65_HS1-834228961_62-HQ-83894_Section_6
Agency: FBI
Page 119
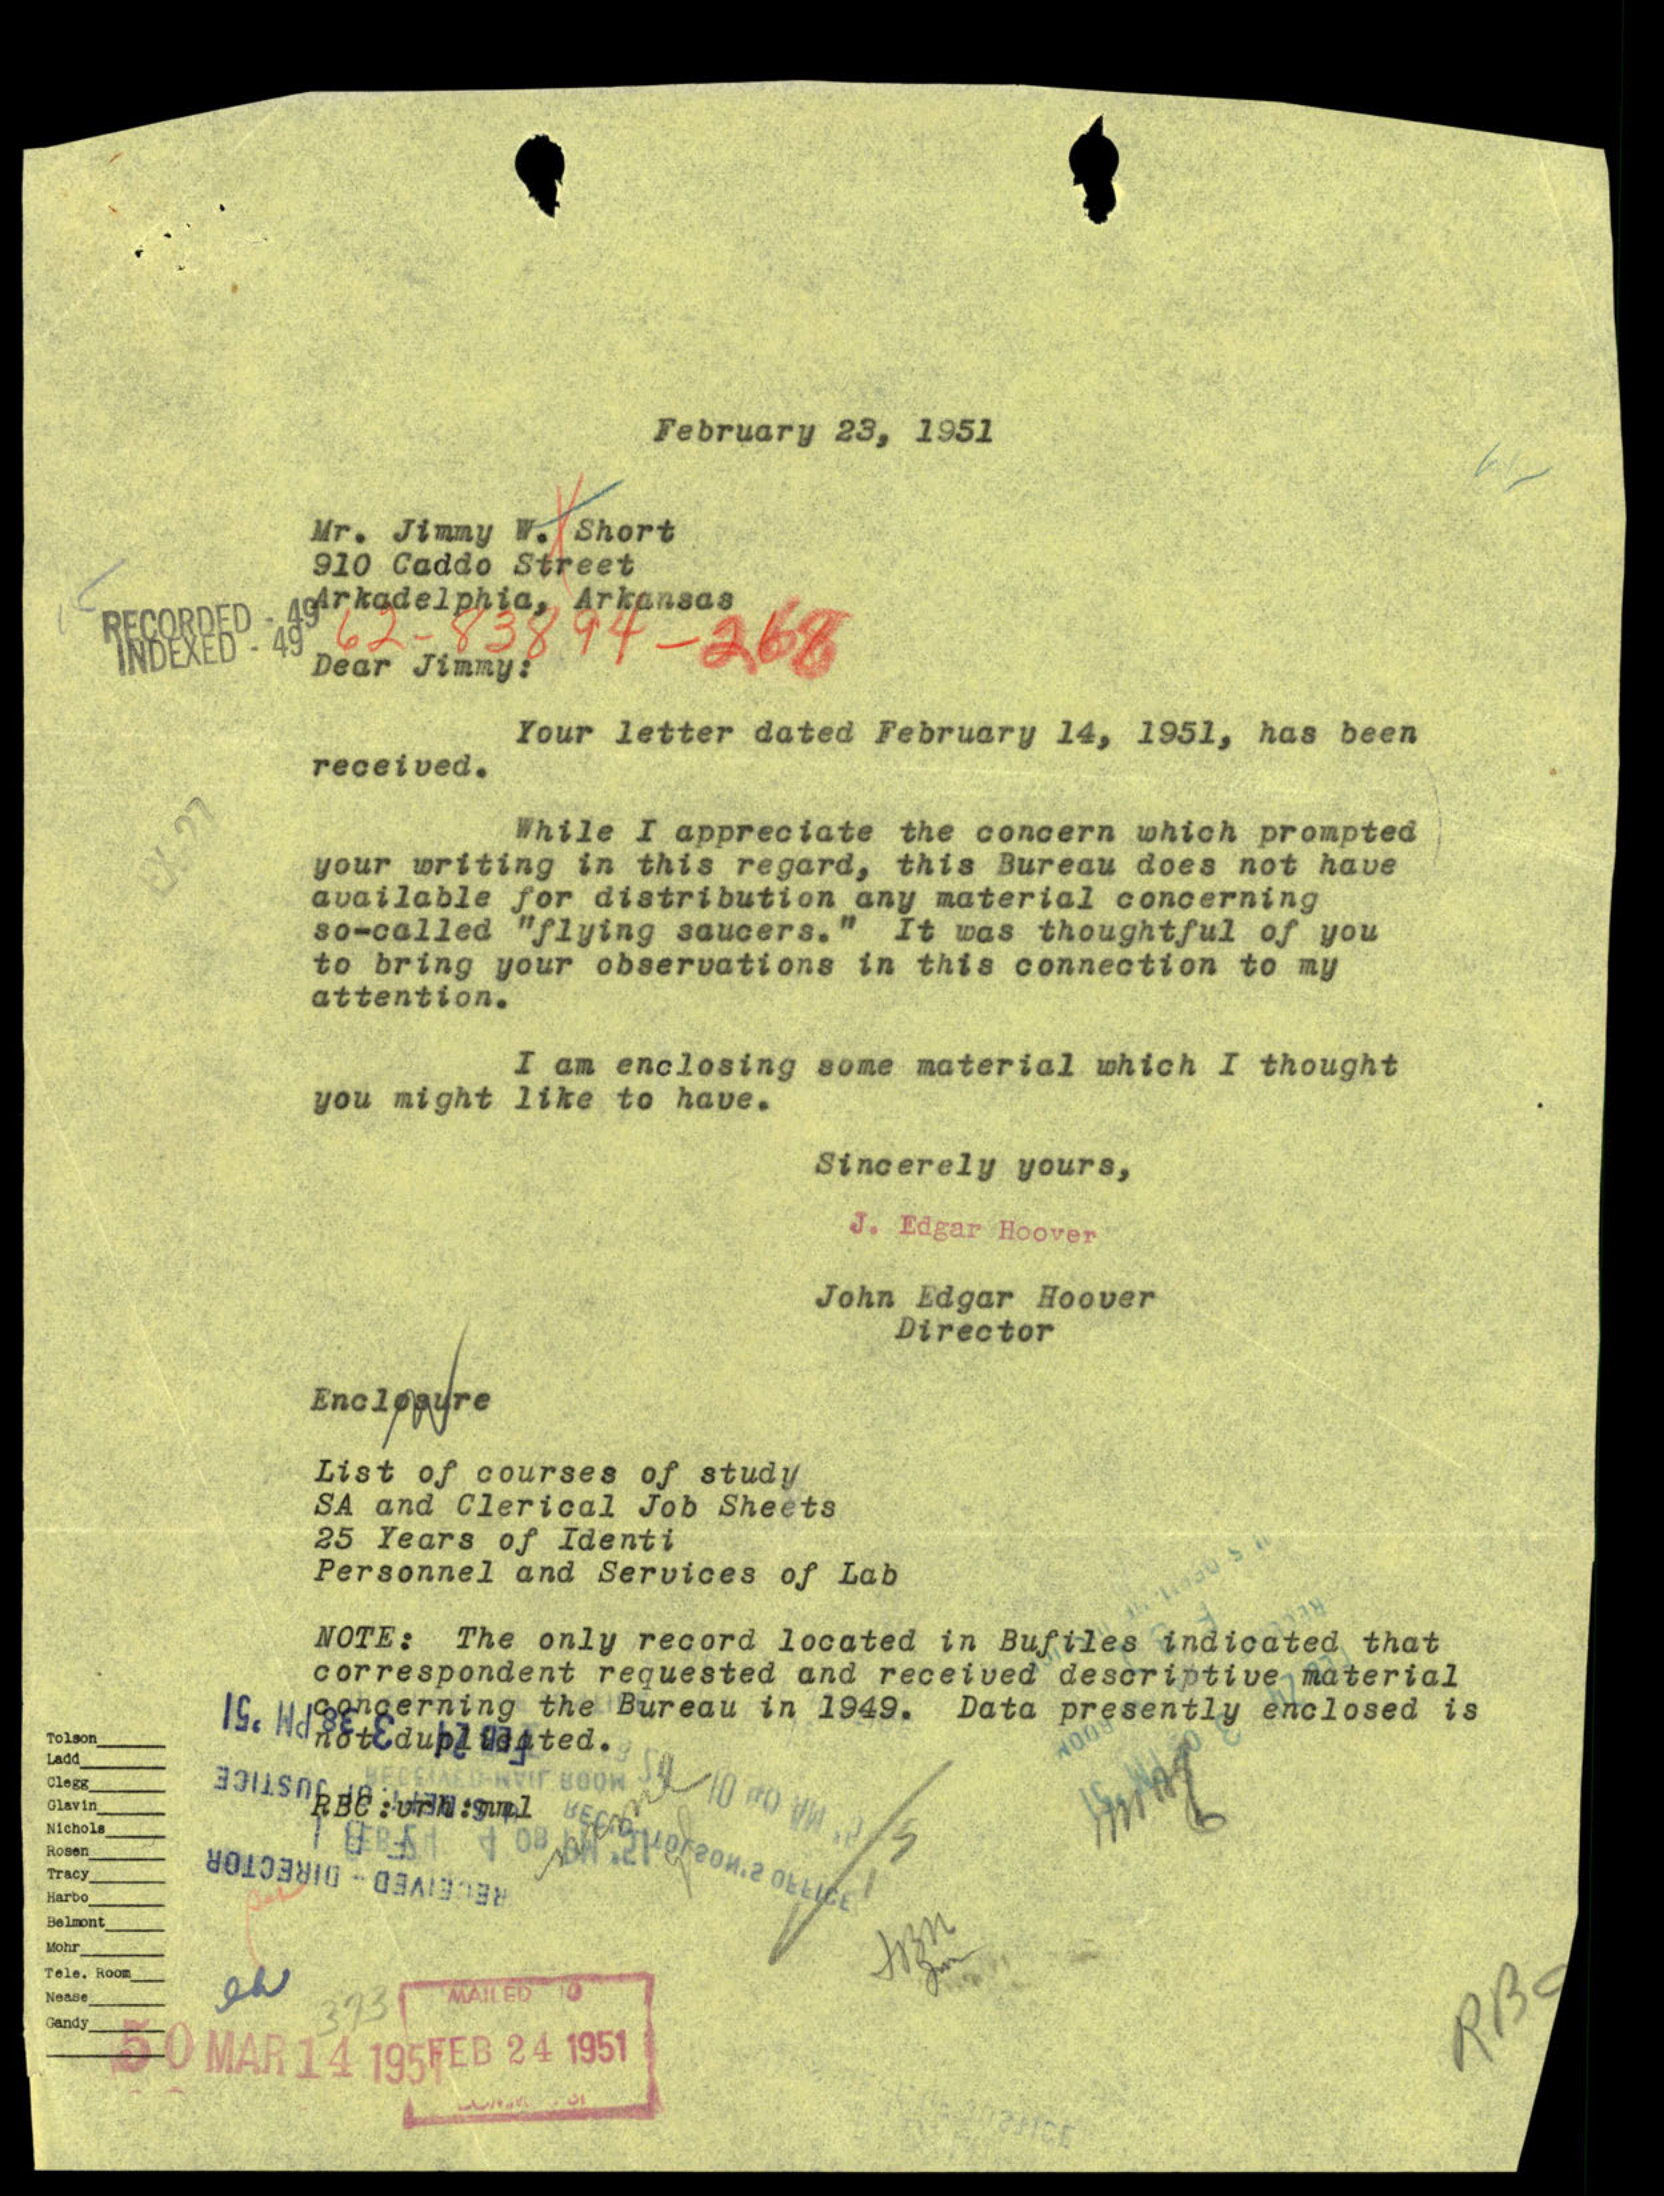